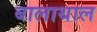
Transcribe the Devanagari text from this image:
बालाथाल